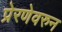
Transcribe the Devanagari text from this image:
प्रेरणेवरुन